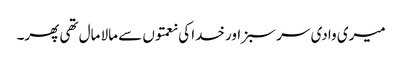
میری وادی سر سبز اور خدا کی نعمتوں سے مالا مال تھی پھر۔